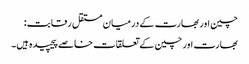
چین اور بھارت کے درمیان مستقل رقابت:
بھارت اور چین کے تعلقات خاصے پیچیدہ ہیں۔